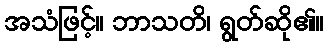
အသံဖြင့်။ ဘာသတိ၊ ရွတ်ဆို၏။